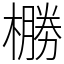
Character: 橳